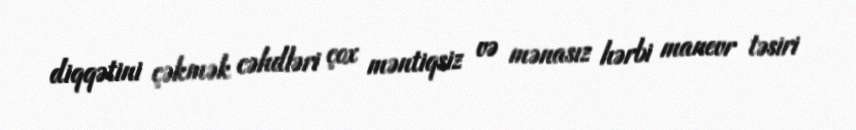
diqqətini çəkmək cəhdləri çox məntiqsiz və mənasız hərbi manevr təsiri